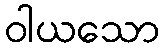
ဝါယသော